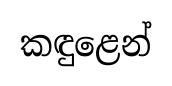
කඳුළෙන්